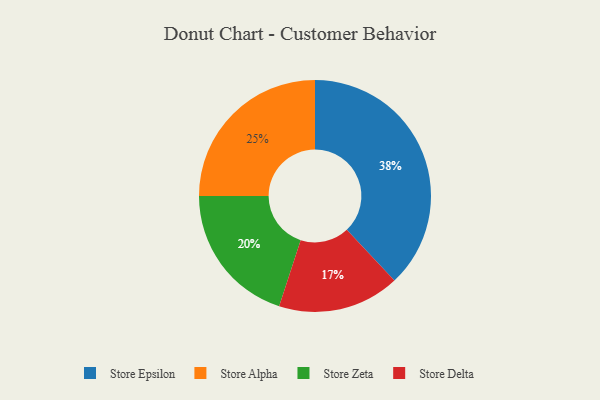
{"axis": {"x": "Category", "y": "Percentage"}, "legend": ["Store Alpha", "Store Delta", "Store Epsilon", "Store Zeta"], "data": [{"x": "Store Epsilon", "y": 38, "type": "Store Epsilon"}, {"x": "Store Delta", "y": 17, "type": "Store Delta"}, {"x": "Store Alpha", "y": 25, "type": "Store Alpha"}, {"x": "Store Zeta", "y": 20, "type": "Store Zeta"}]}